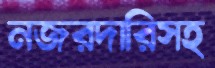
নজরদারিসহ